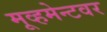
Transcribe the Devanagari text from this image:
मूव्हमेन्टवर